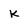
Character: k